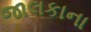
જાલકાના